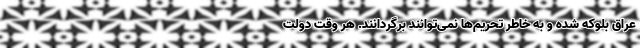
عراق بلوکه شده و به خاطر تحریم‌ها نمی‌توانند برگردانند. هر وقت دولت